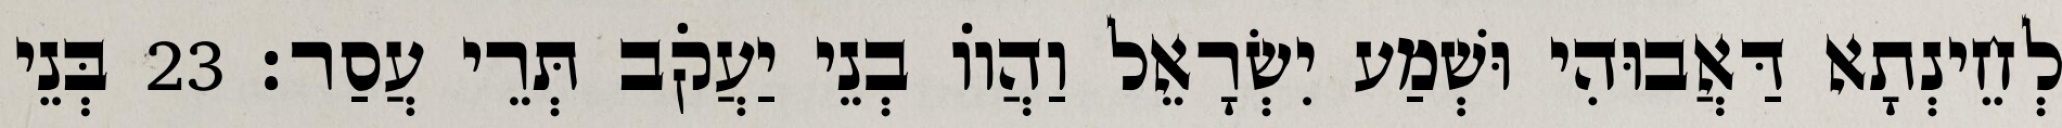
לְחֵינְתָא דַּאֲבוּהִי וּשְׁמַע יִשְׂרָאֵל וַהֲווֹ בְנֵי יַעֲקֹב תְּרֵי עֲסַר׃ 23 בְּנֵי